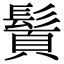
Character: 䰅